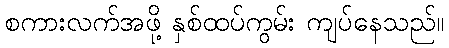
စကားလက်အဖို့ နှစ်ထပ်ကွမ်း ကျပ်နေသည်။